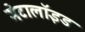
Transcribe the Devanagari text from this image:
मेटालॉइड